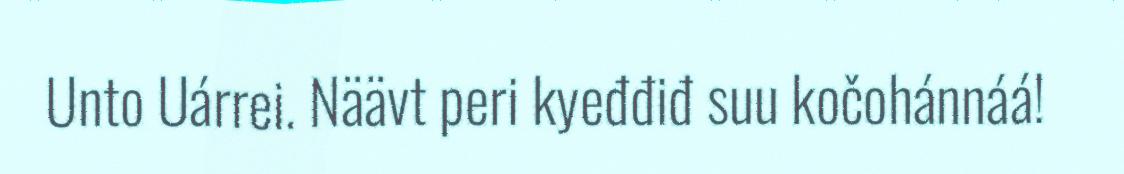
Unto Uárrei. Näävt peri kyeđđiđ suu kočohánnáá!